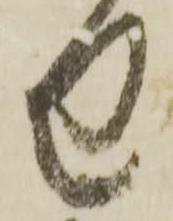
せ